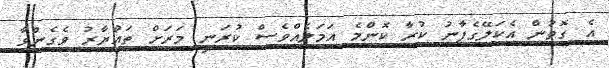
އެ ގޮތުން އެކަލޭގެފާނު ކުރާ ކޮންމެ އަމަލެއްވެސް ކުރަނީ މަރަށް ތައްޔާރު ވެގެންވާ